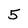
Character: 5